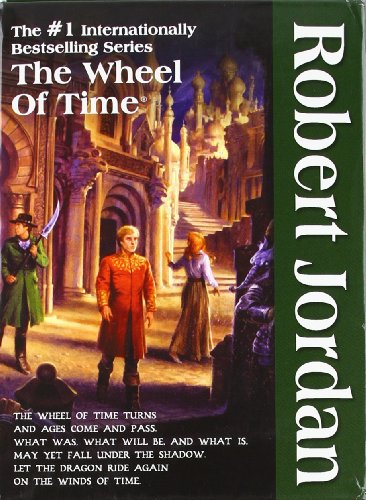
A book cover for The Wheel of Time, Boxed Set II, Books 4-6: The Shadow Rising, The Fires of Heaven, Lord of Chaos; Robert Jordan; Science Fiction & Fantasy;